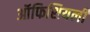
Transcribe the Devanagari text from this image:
ऑफिशियली